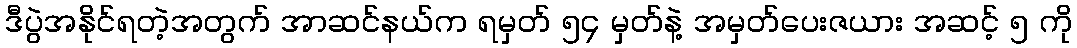
ဒီပွဲအနိုင်ရတဲ့အတွက် အာဆင်နယ်က ရမှတ် ၅၄ မှတ်နဲ့ အမှတ်ပေးဇယား အဆင့် ၅ ကို